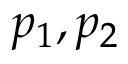
\, \! p _ { 1 } , p _ { 2 }